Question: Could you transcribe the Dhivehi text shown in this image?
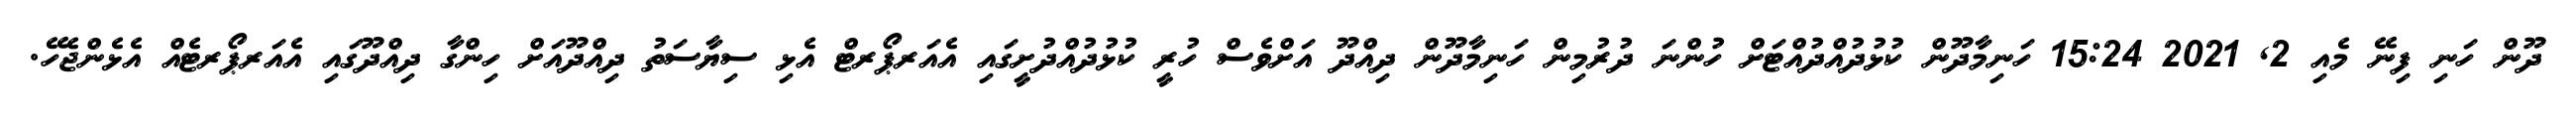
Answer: ދޫން ހަނި ފިނޭ މެއި 2, 2021 15:24 ހަނިމާދޫން ކުޅުދުއްދުއްޓަށް ހުންނަ ދުރުމިން ހަނިމާދޫން ދިއްދޫ އަށްވެސް ހުރީ ކުޅުދުއްދުށީގައި އެއަރޕޯރޓް އެޅި ސިޔާސަތު ދިއްދޫއަށް ހިންގާ ދިއްދޫގައި އެއަރޕޯރޓެއް އެޅެންޖެހޭ.